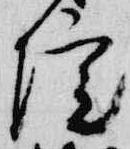
院